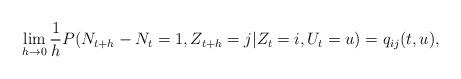
LaTeX: \begin{align*} \lim_{h\to0}\frac{1}{h} P(N_{t+h} - N_t = 1, Z_{t+h} = j | Z_t = i,U_t = u) &= q_{ij}(t,u),\end{align*}